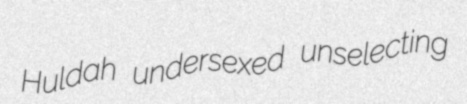
Huldah undersexed unselecting